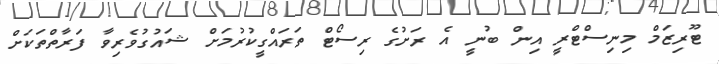
ޓޫރިޒަމް މިނިސްޓްރީ އިން ބުނީ އެ ރަށުގެ ރިސޯޓް ތަރައްގީކުރުމަށް ޝައުގުވެރިވާ ފަރާތްތަކަށް